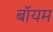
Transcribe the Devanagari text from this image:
बॉयम